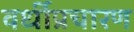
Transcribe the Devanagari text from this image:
वर्धीप्रचारण